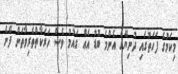
މިކަމުގެ ފަހަތުގައި ދުނިޔޭގެ އެންމެ ބޮޑު އެއް ގައުމު ވެސް ހަރަކާތްތެރިވާތަން ފެނެ